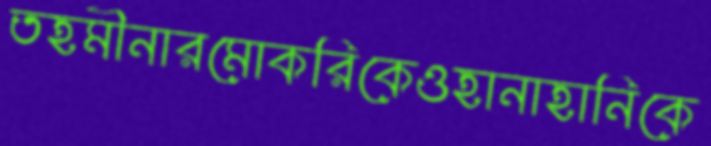
তহমীনারমোকরিকেওহানাহানিকে